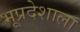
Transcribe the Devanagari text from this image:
भूप्रदेशाला